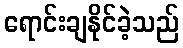
ရောင်းချနိုင်ခဲ့သည်